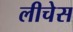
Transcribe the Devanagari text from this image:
लीचेस